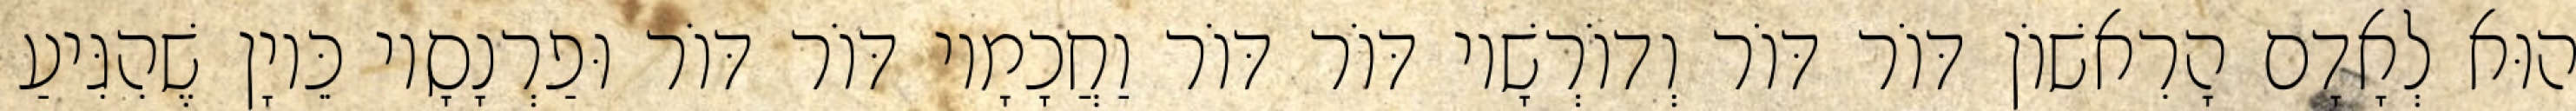
הוּא לְאָדָם הָרִאשׁוֹן דּוֹר דּוֹר וְדוֹרְשָׁיו דּוֹר דּוֹר וַחֲכָמָיו דּוֹר דּוֹר וּפַרְנָסָיו כֵּיוָן שֶׁהִגִּיעַ